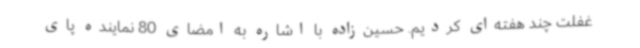
غفلت چند هفته‌ای کردیم. حسین‌زاده با اشاره به امضای 80 نماینده پای